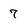
Character: 7